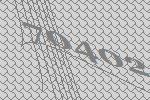
70402